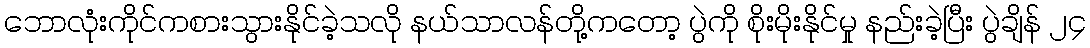
ဘောလုံးကိုင်ကစားသွားနိုင်ခဲ့သလို နယ်သာလန်တို့ကတော့ ပွဲကို စိုးမိုးနိုင်မှု နည်းခဲ့ပြီး ပွဲချိန် ၂၄